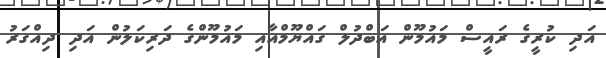
އަދި ކުރީގެ ރައީސް މައުމޫން އަބްދުލް ގައްޔޫމްއާއި މައުމޫންގެ ދަރިކަލުން އަދި ދިއްގަރު